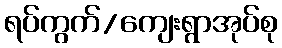
ရပ်ကွက်/ကျေးရွာအုပ်စု